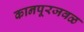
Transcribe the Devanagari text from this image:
कानपूरजवळ